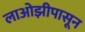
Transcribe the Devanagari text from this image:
लाओझीपासून